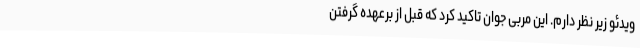
ویدئو زیر نظر دارم. این مربی جوان تاکید کرد که قبل از برعهده گرفتن